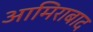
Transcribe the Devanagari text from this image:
आमिराबाद